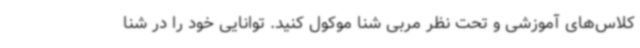
کلاس‌های آموزشی و تحت نظر مربی شنا موکول کنید. توانایی خود را در شنا